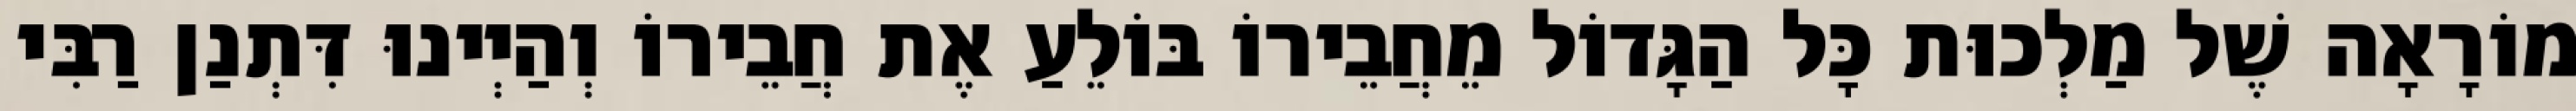
מוֹרָאָה שֶׁל מַלְכוּת כָּל הַגָּדוֹל מֵחֲבֵירוֹ בּוֹלֵעַ אֶת חֲבֵירוֹ וְהַיְינוּ דִּתְנַן רַבִּי